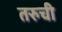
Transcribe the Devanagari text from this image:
तरुची